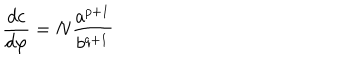
LaTeX: \frac { d c } { d \varphi } = N \frac { a ^ { p + 1 } } { b ^ { q + 1 } }